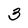
Character: 3